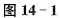
图14-1